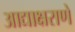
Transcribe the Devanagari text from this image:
आद्याक्षराणे